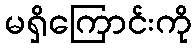
မရှိကြောင်းကို